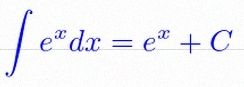
\int e^x dx=e^x+C